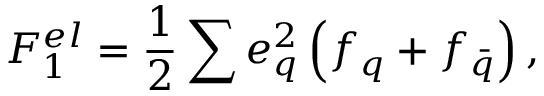
F _ { 1 } ^ { e l } = \frac { 1 } { 2 } \sum { e _ { q } ^ { 2 } } \left( f _ { q } + f _ { \bar { q } } \right) ,